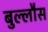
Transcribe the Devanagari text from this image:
बुल्लौस